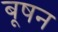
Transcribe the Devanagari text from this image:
बूषन